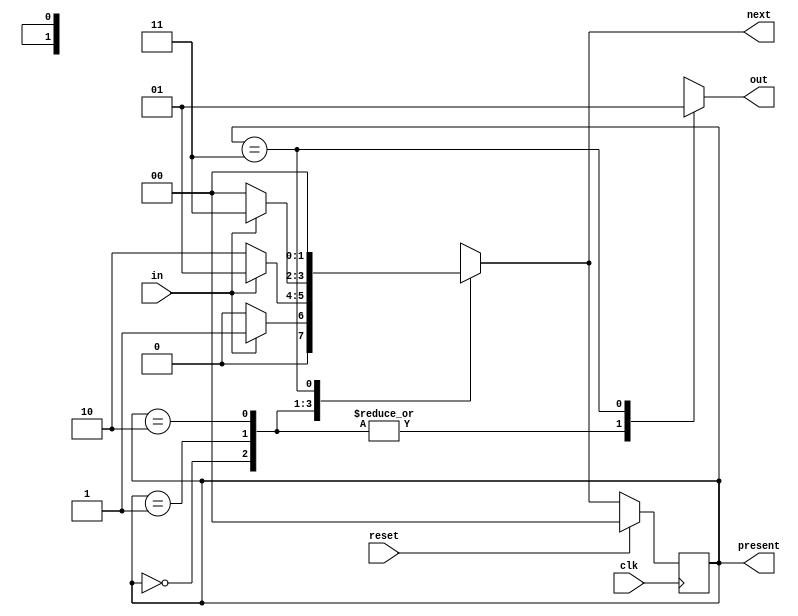
module mealey_1010(
  input in,clk,reset,
  output reg [1:0] present,next,
  output reg out);
  
  parameter [1:0] s0=2'b00,
                  s1=2'b01,
                  s2=2'b10,
       			  s3=2'b11;
  
  always @(posedge clk)begin
    if(reset)
      present<=2'b00;
  else
    present<=next;
  end
  
  always @(in)
    begin
      case(present)
        s0:
          begin
          out=0;
            if(in==1)
            next<=s1;
        else
          next<=s0;
          end
        s1:
          begin
          out=0;
            if(in==0)
              next<=s2;
            else
              next<=s1;
          end
        s2:
          begin
            out=0;
            if(in==1)
              next<=s3;
            else
              next<=s0;
          end
        s3:
          begin
            out=1;
            if(in==0)
              next<=s0;
            else
              next<=s0;
          end
      endcase
    end
  endmodule